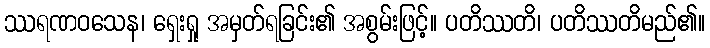
ဿရဏဝသေန၊ ရှေးရှု အမှတ်ရခြင်း၏ အစွမ်းဖြင့်။ ပတိဿတိ၊ ပတိဿတိမည်၏။